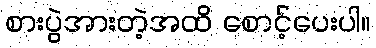
စားပွဲအားတဲ့အထိ စောင့်ပေးပါ။